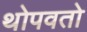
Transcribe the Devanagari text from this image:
थोपवतो